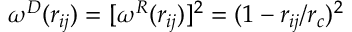
\omega ^ { D } ( r _ { i j } ) = [ \omega ^ { R } ( r _ { i j } ) ] ^ { 2 } = ( 1 - r _ { i j } / r _ { c } ) ^ { 2 }